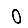
Digit: 0